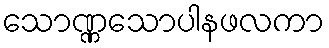
သောဏ္ဏသောပါနဖလကာ